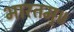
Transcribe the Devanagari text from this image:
भारतम्॥